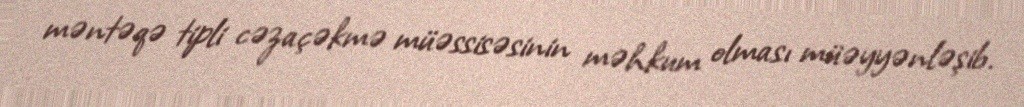
məntəqə tipli cəzaçəkmə müəssisəsinin məhkum olması müəyyənləşib.